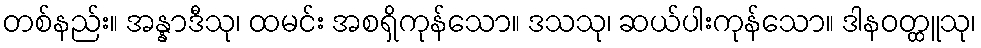
တစ်နည်း။ အန္နာဒီသု၊ ထမင်း အစရှိကုန်သော။ ဒသသု၊ ဆယ်ပါးကုန်သော။ ဒါနဝတ္ထူသု၊